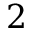
2